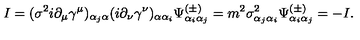
I = ( \sigma ^ { 2 } i \partial _ { \mu } \gamma ^ { \mu } ) _ { \alpha _ { j } \alpha } ( i \partial _ { \nu } \gamma ^ { \nu } ) _ { \alpha \alpha _ { i } } \Psi _ { \alpha _ { i } \alpha _ { j } } ^ { ( \pm ) } = m ^ { 2 } \sigma _ { \alpha _ { j } \alpha _ { i } } ^ { 2 } \Psi _ { \alpha _ { i } \alpha _ { j } } ^ { ( \pm ) } = - I .